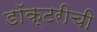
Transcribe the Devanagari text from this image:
डॉक्टरीची